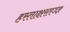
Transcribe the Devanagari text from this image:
हस्ताक्षरतज्ज्ञ